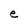
Character: e